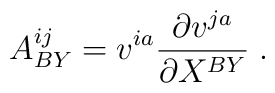
A^{ij}_{BY} = v^{ia} {\partial v^{ja}\over \partial X^{BY}}\; .